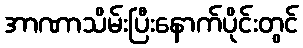
အာဏာသိမ်းပြီးနောက်ပိုင်းတွင်